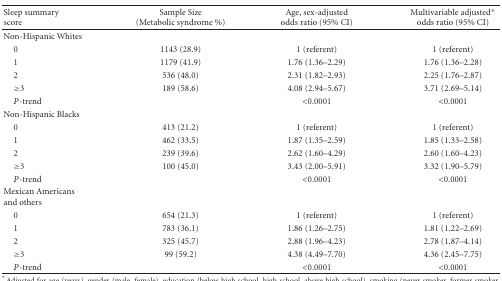
| Sleep summary score | Sample Size (Metabolic syndrome %) | Age, sex-adjusted odds ratio (95% CI) | Multivariable adjusted* odds ratio (95% CI) |
 | --- | --- | --- | --- |
 | Non-Hispanic Whites |  |  |  |
 | 0 | 1143 (28.9) | 1 (referent) | 1 (referent) |
 | 1 | 1179 (41.9) | 1.76 (1.36–2.29) | 1.76 (1.36–2.28) |
 | 2 | 536 (48.0) | 2.31 (1.82–2.93) | 2.25 (1.76–2.87) |
 | ≥3 | 189 (58.6) | 4.08 (2.94–5.67) | 3.71 (2.69–5.14) |
 | P-trend |  | <0.0001 | <0.0001 |
 | Non-Hispanic Blacks |  |  |  |
 | 0 | 413 (21.2) | 1 (referent) | 1 (referent) |
 | 1 | 462 (33.5) | 1.87 (1.35–2.59) | 1.85 (1.33–2.58) |
 | 2 | 239 (39.6) | 2.62 (1.60–4.29) | 2.60 (1.60–4.23) |
 | ≥3 | 100 (45.0) | 3.43 (2.00–5.91) | 3.32 (1.90–5.79) |
 | P-trend |  | <0.0001 | <0.0001 |
 | Mexican Americans and others |  |  |  |
 | 0 | 654 (21.3) | 1 (referent) | 1 (referent) |
 | 1 | 783 (36.1) | 1.86 (1.26–2.75) | 1.81 (1.22–2.69) |
 | 2 | 325 (45.7) | 2.88 (1.96–4.23) | 2.78 (1.87–4.14) |
 | ≥3 | 99 (59.2) | 4.38 (4.49–7.70) | 4.36 (2.45–7.75) |
 | P-trend |  | <0.0001 | <0.0001 |